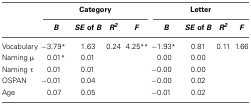
<table><thead><tr><td></td><td colspan="4"><b>Category</b></td><td colspan="4"><b>Letter</b></td></tr><tr><td></td><td><b><i>B</i></b></td><td><b><i>SE</i> of <i>B</i></b></td><td><b><i>R<sup>2</sup></i></b></td><td><b><i>F</i></b></td><td><b><i>B</i></b></td><td><b><i>SE</i> of <i>B</i></b></td><td><b><i>R<sup>2</sup></i></b></td><td><b><i>F</i></b></td></tr></thead><tbody><tr><td>Vocabulary</td><td>−3.79<sup>*</sup></td><td>1.63</td><td>0.24</td><td>4.25<sup>**</sup></td><td>−1.93<sup>*</sup></td><td>0.81</td><td>0.11</td><td>1.66</td></tr><tr><td>Naming μ</td><td>0.01<sup>*</sup></td><td>0.01</td><td></td><td></td><td>0.00</td><td>0.00</td><td></td><td></td></tr><tr><td>Naming τ</td><td>0.01</td><td>0.01</td><td></td><td></td><td>−0.00</td><td>0.00</td><td></td><td></td></tr><tr><td>OSPAN</td><td>−0.01</td><td>0.04</td><td></td><td></td><td>−0.00</td><td>0.02</td><td></td><td></td></tr><tr><td>Age</td><td>0.07</td><td>0.05</td><td></td><td></td><td>−0.01</td><td>0.02</td><td></td><td></td></tr></tbody></table>